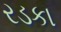
રડકા